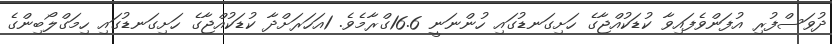
ދުވަސްފުރި އުފަންވެފައިވާ ކުޑަކުއްޖާގެ ހަށިގަނޑުގައި ހުންނަނީ 16.6ގްރާމެވެ. 1އަހަރަށްދާ ކުޑަކުއްޖާގެ ހަށިގަނޑުގައި ހިމަގްލޯބިންގެ